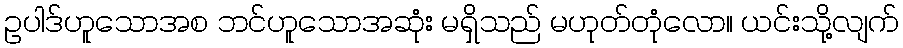
ဥပါဒ်ဟူသောအစ ဘင်ဟူသောအဆုံး မရှိသည် မဟုတ်တုံလော။ ယင်းသို့လျက်